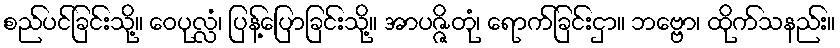
စည်ပင်ခြင်းသို့။ ဝေပုလ္လံ၊ ပြန့်ပြောခြင်းသို့။ အာပဇ္ဇိတုံ၊ ရောက်ခြင်းငှာ။ ဘဗ္ဗော၊ ထိုက်သနည်း။